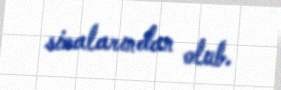
simalarından olub.